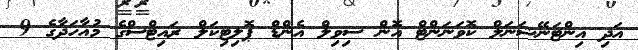
އަދި އިންޓަނޭޝަނަލް ކޮވަނަންޓް އޮން ސިވިލް އެންޑް ޕޮލިޓިކަލް ރައިޓްސްގެ މުއާހަދާގެ 9